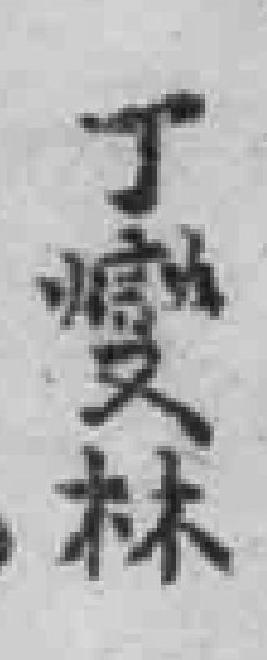
丁燮林